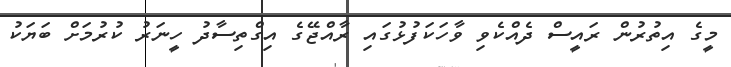
މީގެ އިތުރުން ރައީސް ދެއްކެވި ވާހަކަފުޅުގައި ރާއްޖޭގެ އިގްތިސާދު ހީނަރު ކުރުމަށް ބަޔަކު